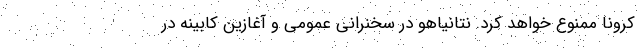
کرونا ممنوع خواهد کرد. نتانیاهو در سخنرانی عمومی و آغازین کابینه در